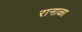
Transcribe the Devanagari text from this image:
रानाळा